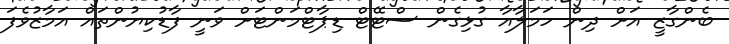
ބެންގާޒީ އަށް ދިން ހަމަލާއާ ގުޅިގެން ސްޓޭޓް ޑިޕާޓްމަންޓަށް ވަނީ ފާޑުކިޔުންތައް އަމާޒުވެފަ